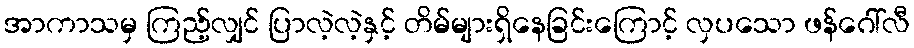
အာကာသမှ ကြည့်လျှင် ပြာလဲ့လဲ့နှင့် တိမ်များရှိနေခြင်းကြောင့် လှပသော ဖန်ဂေါ်လီ